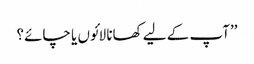
’’آپ کے لیے کھانا لائوں یا چائے؟